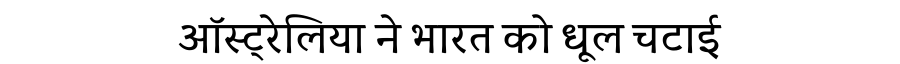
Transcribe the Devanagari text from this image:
ऑस्ट्रेलिया ने भारत को धूल चटाई